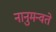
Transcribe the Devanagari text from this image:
नानुमन्वते